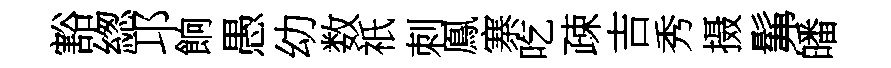
豁緫邛餉愚幼数祇刺鳯寨吃疎吉秀摄髴皤